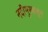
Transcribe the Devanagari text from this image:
नदीमुखातून